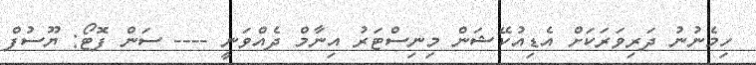
ހިމެނުނު ދަރިވަރަކަށް އެޑިއުކޭޝަން މިނިސްޓަރު އިނާމް ދެއްވަނީ ---- ސަން ފޮޓޯ: ޔޫސުފް